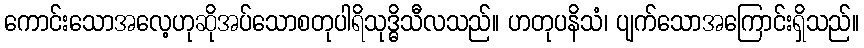
ကောင်းသောအလေ့ဟုဆိုအပ်သောစတုပါရိသုဒ္ဓိသီလသည်။ ဟတုပနိသံ၊ ပျက်သောအကြောင်းရှိသည်။